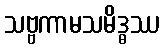
သဗ္ဗကာမသမိဒ္ဓဿ